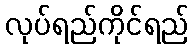
လုပ်ရည်ကိုင်ရည်